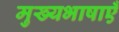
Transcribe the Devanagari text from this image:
मुख्यभाषाएँ